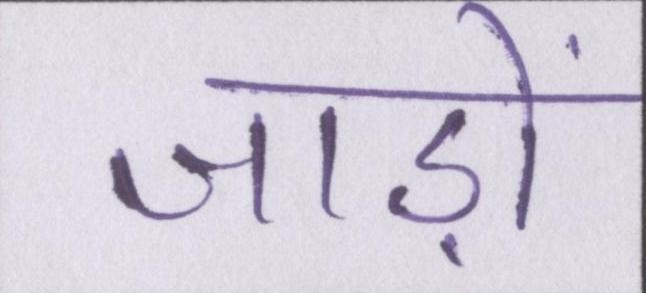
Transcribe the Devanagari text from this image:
जाड़ों